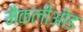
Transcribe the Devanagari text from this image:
मैकलीओड